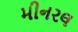
મીનરલ